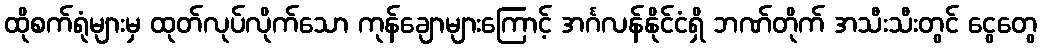
ထိုစက်ရုံများမှ ထုတ်လုပ်လိုက်သော ကုန်ချောများကြောင့် အင်္ဂလန်နိုင်ငံရှိ ဘဏ်တိုက် အသီးသီးတွင် ငွေတွေ